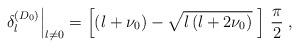
LaTeX: \begin{align*}\left. \delta_{l}^{(D_{0})}\right|_{l \neq 0}= \left[ \left( l+ \nu_{0} \right)- \sqrt{ l \left(l + 2 \nu_{0} \right)} \;\right] \, \frac{\pi}{2}\; ,\end{align*}